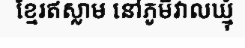
ខ្មែរឥស្លាម នៅភូមិវាលឃ្មុំ